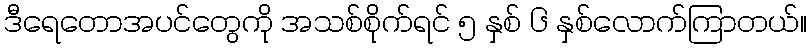
ဒီရေတောအပင်တွေကို အသစ်စိုက်ရင် ၅ နှစ် ၆ နှစ်လောက်ကြာတယ်။